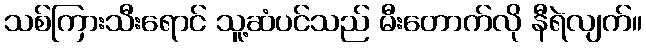
သစ်ကြားသီးရောင် သူ့ဆံပင်သည် မီးတောက်လို နီရဲလျက်။